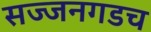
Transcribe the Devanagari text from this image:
सज्जनगडच